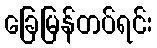
ခြေမြန်တပ်ရင်း